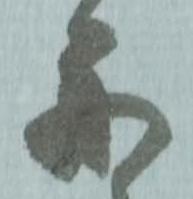
舟